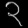
Digit: ၃